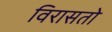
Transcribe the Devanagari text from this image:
विरासतो